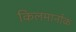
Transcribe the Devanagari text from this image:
किलमार्नाक